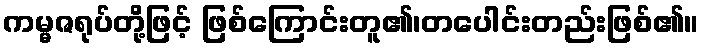
ကမ္မဇရုပ်တို့ဖြင့် ဖြစ်ကြောင်းတူ၏၊တပေါင်းတည်းဖြစ်၏။